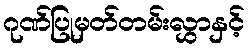
ဂုဏ်ပြုမှတ်တမ်းလွှာနှင့်